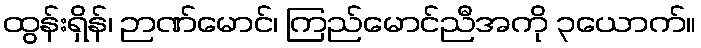
ထွန်းရှိန်၊ ဉာဏ်မောင်၊ ကြည်မောင်ညီအကို ၃ယောက်။